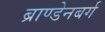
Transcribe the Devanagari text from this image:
ब्राण्डेनबर्ग